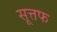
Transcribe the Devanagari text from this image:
सूत्तफ